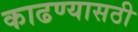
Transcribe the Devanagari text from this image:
काढण्यासठी